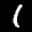
Label: 1